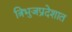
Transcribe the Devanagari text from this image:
त्रिभुजप्रदेशात